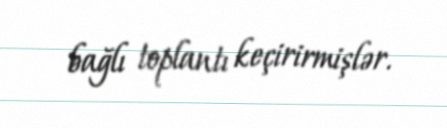
bağlı toplantı keçirirmişlər.